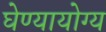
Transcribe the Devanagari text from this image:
घेण्यायोग्य